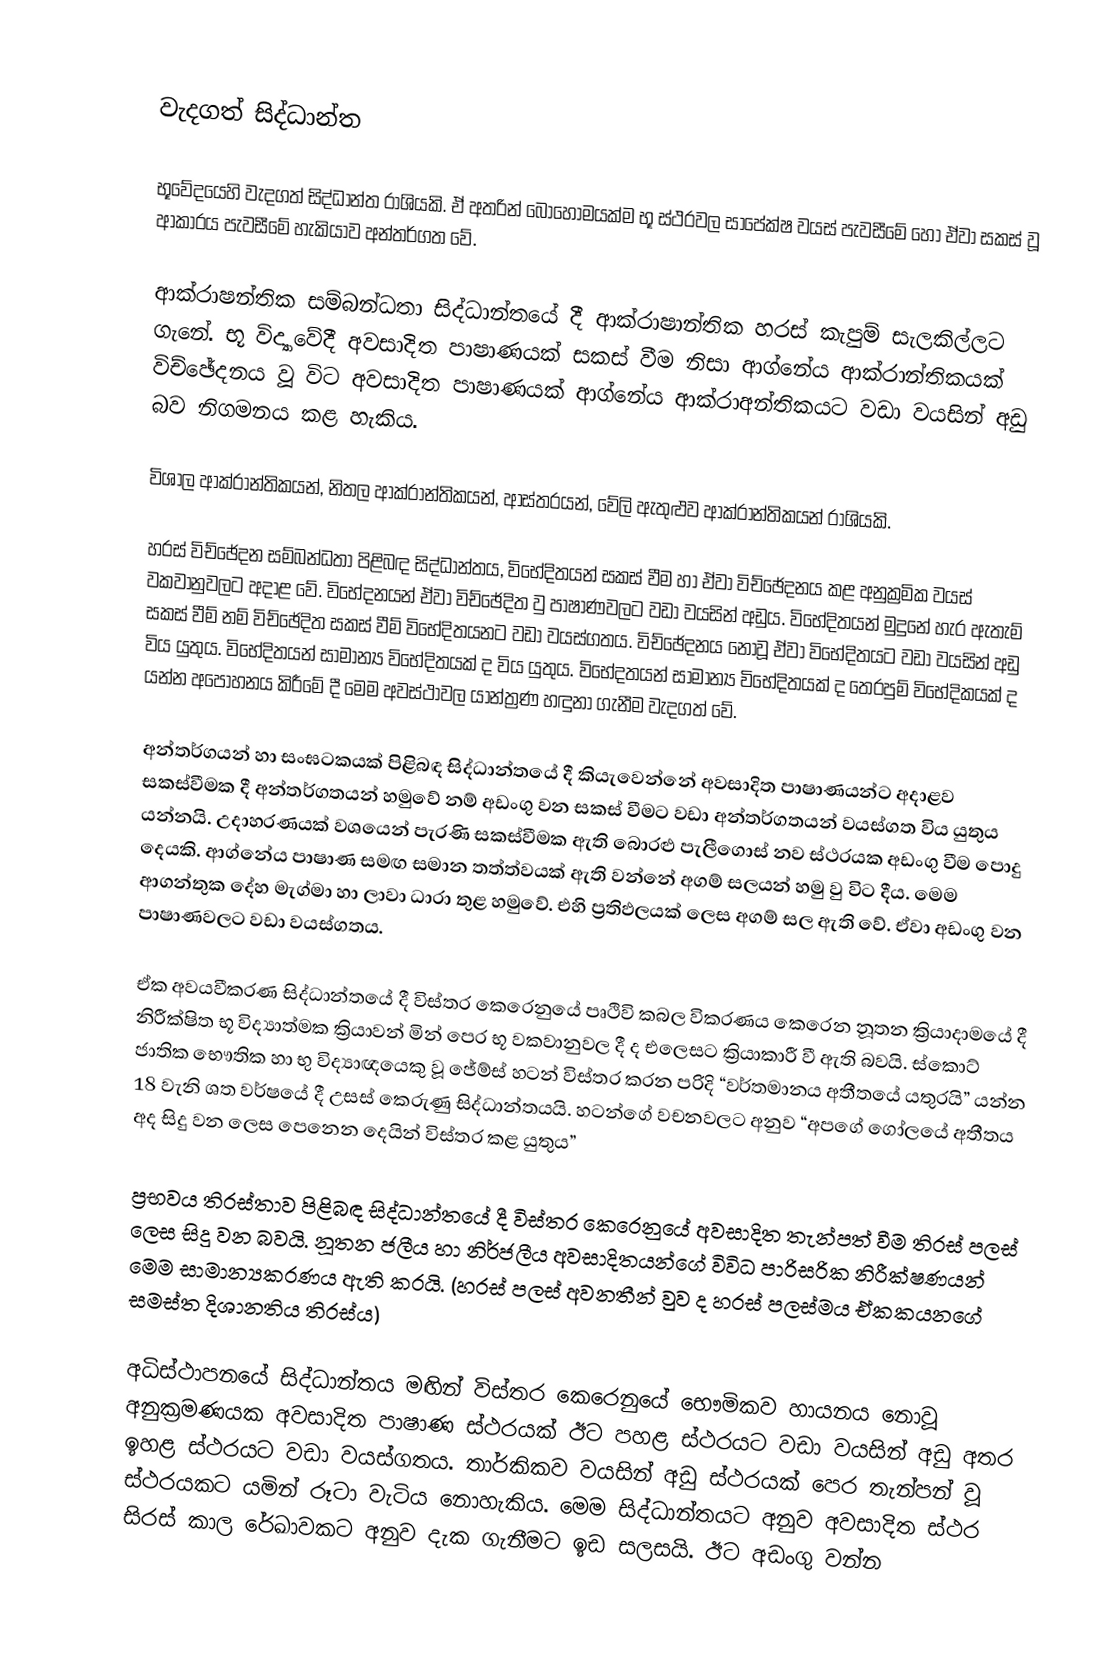

වැදගත් සිද්ධාන්ත

භූවේදයෙහි වැදගත් සිද්ධාන්ත රාශියකි. ඒ අතරින් බොහොමයක්ම භූ ස්ථරවල සාපේක්ෂ වයස් පැවසීමේ හෝ ඒවා සකස් වූ ආකාරය පැවසීමේ හැකියාව අන්තර්ගත වේ.

ආක්රාෂන්තික සම්බන්ධතා සිද්ධාන්තයේ දී ආක්රාෂාන්තික හරස් කැපුම් සැලකිල්ලට ගැනේ. භූ විද්‍යාවේදී අවසාදිත පාෂාණයක් සකස් වීම නිසා ආග්නේය ආක්රාන්තිකයක් විච්ඡේදනය වූ විට අවසාදිත පාෂාණයක් ආග්නේය ආක්රාඅන්තිකයට වඩා වයසින් අඩු බව නිගමනය කළ හැකිය.

විශාල ආක්රාන්තිකයන්, නිතල ආක්රාන්තිකයන්, ආස්තරයන්, වේලි ඇතුළුව ආක්රාන්තිකයන් රාශියකි.

හරස් විච්ඡේදන සම්බන්ධතා පිළිබඳ සිද්ධාන්තය, විභේදිතයන් සකස් වීම හා ඒවා විච්ඡේදනය කළ අනුක්‍රමික වයස් වකවානුවලට අදාළ වේ. විභේදනයන් ඒවා විච්ඡේදිත වු පාෂාණවලට වඩා වයසින් අඩුය. විභේදිතයන් මුදුනේ හැර ඇතැම් සකස් වීම් නම් විච්ඡේදිත සකස් වීම් විභේදිතයනට වඩා වයස්ගතය. විච්ඡේදනය නොවූ ඒවා විභේදිතයට වඩා වයසින් අඩු විය යුතුය. විභේදිතයන් සාමාන්‍ය විභේදිතයක් ද විය යුතුය. විභේදතයන් සාමාන්‍ය විභේදිතයක් ද තෙරපුම් විභේදිකයක් ද යන්න අපෝහනය කිරීමේ දී මෙම අවස්ථාවල යාන්ත්‍රණ හඳුනා ගැනීම වැදගත් වේ.

අන්තර්ගයන් හා සංඝටකයක් පිළිබඳ සිද්ධාන්තයේ දී කියැවෙන්නේ අවසාදිත පාෂාණයන්ට අදාළව සකස්වීමක දී අන්තර්ගතයන් හමුවේ නම් අඩංගු වන සකස් වීමට වඩා අන්තර්ගතයන් වයස්ගත විය යුතුය යන්නයි. උදාහරණයක් වශයෙන් පැරණි සකස්වීමක ඇති බොරළු පැලීගොස් නව ස්ථරයක අඩංගු වීම පොදු දෙයකි. ආග්නේය පාෂාණ සමඟ සමාන තත්ත්වයක් ඇති වන්නේ අගම් සලයන් හමු වු විට දීය. මෙම ආගන්තුක දේහ මැග්මා හා ලාවා ධාරා තුළ හමුවේ. එහි ප්‍රතිඵලයක් ලෙස අගම් සල ඇති වේ. ඒවා අඩංගු වන පාෂාණවලට වඩා වයස්ගතය.

ඒක අවයවීකරණ සිද්ධාන්තයේ දී විස්තර කෙරෙනුයේ පෘථිවි කබල විකරණය කෙරෙන නූතන ක්‍රියාදාමයේ දී නිරීක්ෂිත භූ විද්‍යාත්මක ක්‍රියාවන් මින් පෙර භූ වකවානුවල දී ද එලෙසට ක්‍රියාකාරී වී ඇති බවයි. ස්කොට් ජාතික භෞතික හා භු විද්‍යාඥයෙකු වූ ජේම්ස් හටන් විස්තර කරන පරිදි “වර්තමානය අතීතයේ යතුරයි” යන්න 18 වැනි ශත වර්ෂයේ දී උසස් කෙරුණු සිද්ධාන්තයයි. හටන්ගේ වචනවලට අනුව “අපගේ ගෝලයේ අතීතය අද සිදු වන ලෙස පෙනෙන දෙයින් විස්තර කළ යුතුය”

ප්‍රභවය තිරස්තාව පිළිබඳ සිද්ධාන්තයේ දී විස්තර කෙරෙනුයේ අවසාදිත තැන්පත් වීම තිරස් පලස් ලෙස සිදු වන බවයි. නූතන ජලීය හා නිර්ජලීය අවසාදිතයන්ගේ විවිධ පාරිසරික නිරීක්ෂණයන් මෙම සාමාන්‍යකරණය ඇති කරයි. (හරස් පලස් අවනතීන් වුව ද හරස් පලස්මය ඒකකයනගේ සමස්ත දිශානතිය තිරස්ය)

අධිස්ථාපනයේ සිද්ධාන්තය මඟින් විස්තර කෙරෙනුයේ භෞමිකව හායනය නොවූ අනුක්‍රමණයක අවසාදිත පාෂාණ ස්ථරයක් ඊට පහළ ස්ථරයට වඩා වයසින් අඩු අතර ඉහළ ස්ථරයට වඩා වයස්ගතය. තාර්කිකව වයසින් අඩු ස්ථරයක් පෙර තැන්පන් වූ ස්ථරයකට යමින් රූටා වැටිය නොහැකිය. මෙම සිද්ධාන්තයට අනුව අවසාදිත ස්ථර සිරස් කාල රේඛාවකට අනුව දැක ගැනීමට ඉඩ සලසයි. ඊට අඩංගු වන්න